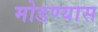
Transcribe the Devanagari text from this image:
मोडण्यास